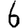
Digit: 6